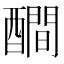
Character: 𨣉